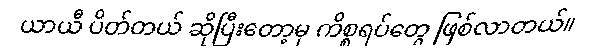
ယာယီ ပိတ်တယ် ဆိုပြီးတော့မှ ကိစ္စရပ်တွေ ဖြစ်လာတယ်။